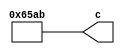
// -------------------------------------------------------------
// 
// 
// Generated by MATLAB 9.14 and HDL Coder 4.1
// 
// -------------------------------------------------------------


// -------------------------------------------------------------
// 
// Module: a2_block
// Source Path: FP_sub/fp model/IIR_section_2/a2
// Hierarchy Level: 2
// 
// -------------------------------------------------------------

`timescale 1 ns / 1 ns

module a2_block
          (c);


  output  signed [14:0] c;  // sfix15_En11


  wire signed [14:0] a2_out1;  // sfix15_En11


  assign a2_out1 = 15'sb110010110101011;



  assign c = a2_out1;

endmodule  // a2_block